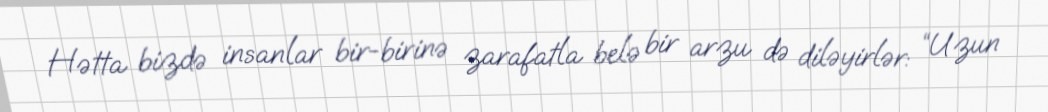
Hətta bizdə insanlar bir-birinə zarafatla belə bir arzu də diləyirlər: “Uzun